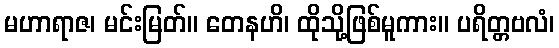
မဟာရာဇ၊ မင်းမြတ်။ တေနဟိ၊ ထိုသို့ဖြစ်မူကား။ ပရိတ္တဗလံ၊